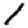
Digit: 1